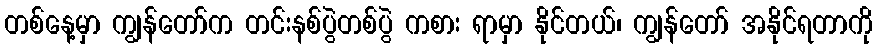
တစ်နေ့မှာ ကျွန်တော်က တင်းနစ်ပွဲတစ်ပွဲ ကစား ရာမှာ နိုင်တယ်၊ ကျွန်တော် အနိုင်ရတာကို